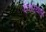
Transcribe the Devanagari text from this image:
देव्हार्‍यापुढे